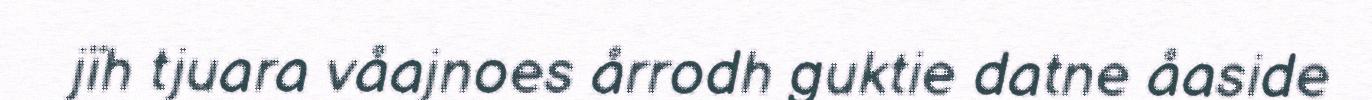
jïh tjuara våajnoes årrodh guktie datne åaside